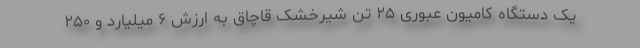
یک دستگاه کامیون عبوری ۲۵ تن شیرخشک قاچاق به ارزش ۶ میلیارد و ۲۵۰